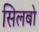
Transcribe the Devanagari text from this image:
सिलबो